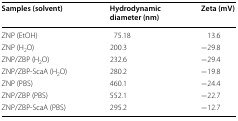
<table><thead><tr><td><b>Samples (solvent)</b></td><td><b>Hydrodynamic diameter (nm)</b></td><td><b>Zeta (mV)</b></td></tr></thead><tbody><tr><td>ZNP (EtOH)</td><td>75.18</td><td>13.6</td></tr><tr><td>ZNP (H<sub>2</sub>O)</td><td>200.3</td><td>−29.8</td></tr><tr><td>ZNP/ZBP (H<sub>2</sub>O)</td><td>232.6</td><td>−29.4</td></tr><tr><td>ZNP/ZBP-ScaA (H<sub>2</sub>O)</td><td>280.2</td><td>−19.8</td></tr><tr><td>ZNP (PBS)</td><td>460.1</td><td>−24.4</td></tr><tr><td>ZNP/ZBP (PBS)</td><td>552.1</td><td>−22.7</td></tr><tr><td>ZNP/ZBP-ScaA (PBS)</td><td>295.2</td><td>−12.7</td></tr></tbody></table>